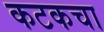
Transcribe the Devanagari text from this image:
कटकचा